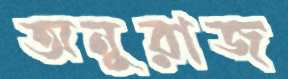
অনুরাজ